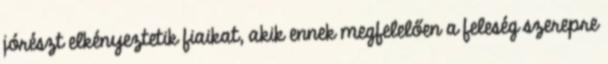
jórészt elkényeztetik fiaikat, akik ennek megfelelően a feleség szerepre